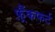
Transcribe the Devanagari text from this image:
फ़्रैंकफर्ट